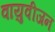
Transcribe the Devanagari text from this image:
वायुवीजन